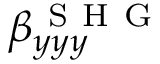
\beta _ { y y y } ^ { \mathrm { ~ S ~ H ~ G ~ } }